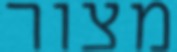
מצור